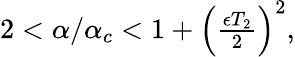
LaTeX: \begin{array}{r}{2<\alpha/\alpha_{c}<1+\left(\frac{\epsilon T_{2}}{2}\right)^{2},}\end{array}